Document type: Emphyteutic lease
Year: 1295
Scribe: Pere de Noguera, prevere
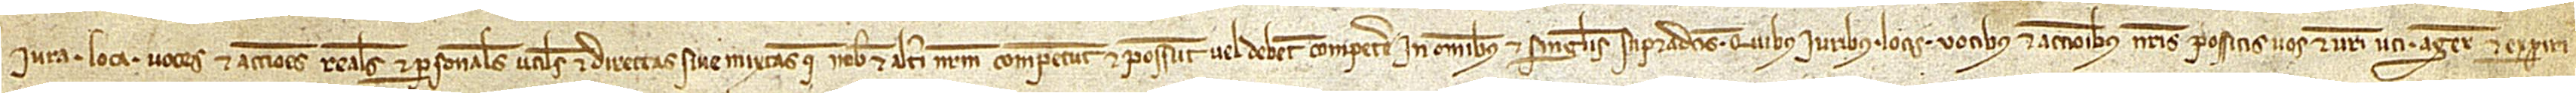
iura, loca, voces et acciones reales et personales, utiles et directas sive mixtas que nobis et alteri nostrum competunt et possunt vel debent competere in omnibus et singulis supradictis. Quibus iuribus, locis, vocibus et accionibus nostris possitis vos et vestri uti, agere et experiri